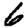
Digit: 6